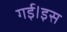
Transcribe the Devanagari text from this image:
गई।इस